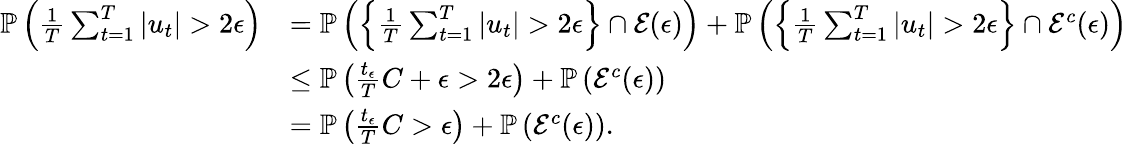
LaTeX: \begin{array}{rl}{\mathbb{P}\left(\frac{1}{T}\sum_{t=1}^{T}|u_{t}|>2\epsilon\right)}&{=\mathbb{P}\left(\left\{ \frac{1}{T}\sum_{t=1}^{T}|u_{t}|>2\epsilon\right\} \cap\mathcal{E}(\epsilon)\right)+\mathbb{P}\left(\left\{ \frac{1}{T}\sum_{t=1}^{T}|u_{t}|>2\epsilon\right\} \cap\mathcal{E}^{c}(\epsilon)\right)}\\ &{\leq\mathbb{P}\left(\frac{t_{\epsilon}}{T}C+\epsilon>2\epsilon\right)+\mathbb{P}\left(\mathcal{E}^{c}(\epsilon)\right)}\\ &{=\mathbb{P}\left(\frac{t_{\epsilon}}{T}C>\epsilon\right)+\mathbb{P}\left(\mathcal{E}^{c}(\epsilon)\right).}\end{array}